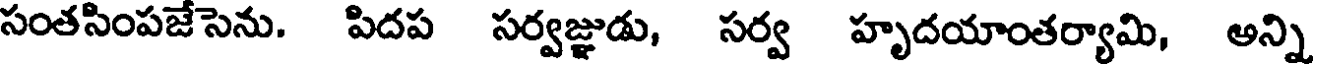
సంతసింపజేసెను. పిదప సర్వజ్ఞుడు, సర్వ హృదయాంతర్యామి, అన్ని